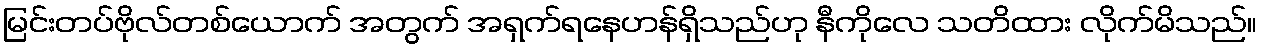
မြင်းတပ်ဗိုလ်တစ်ယောက် အတွက် အရှက်ရနေဟန်ရှိသည်ဟု နီကိုလေ သတိထား လိုက်မိသည်။